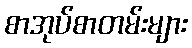
စာအုပ်စာတမ်းများ